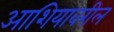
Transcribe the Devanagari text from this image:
आशियावरील